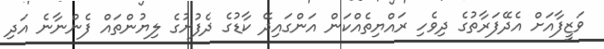
ވަޒީފާއަށް އެދޭފަރާތުގެ ދިވެހި ރައްޔިތެއްކަން އަންގައިދޭ ކާޑުގެ ދެފުށުގެ ލިޔުންތައް ފެންނާނެ އަދި